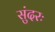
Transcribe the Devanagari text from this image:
सुंदरः